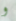
و